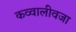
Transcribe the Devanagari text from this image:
कव्वालीवजा